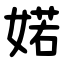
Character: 婼